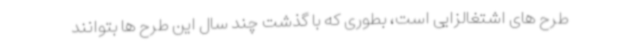
طرح های اشتغالزایی است، بطوری که با گذشت چند سال این طرح ها بتوانند